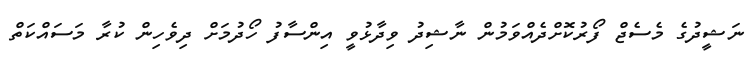
ނަޝީދުގެ މެސެޖް ފޯރުކޮށްދެއްވަމުން ނާޝިދު ވިދާޅުވީ އިންސާފު ހޯދުމަށް ދިވެހިން ކުރާ މަސައްކަތް